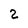
Character: 2